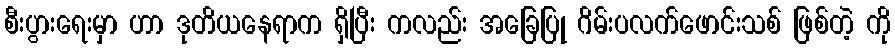
စီးပွားရေးမှာ ဟာ ဒုတိယနေရာက ရှိပြီး ကလည်း အခြေပြု ဂိမ်းပလက်ဖောင်းသစ် ဖြစ်တဲ့ ကို